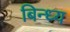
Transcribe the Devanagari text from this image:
बिन्ध्य